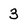
Character: 3